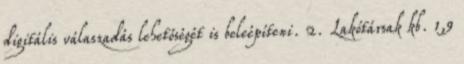
digitális válaszadás lehetőségét is beleépíteni. 2. Lakótársak kb. 1,9